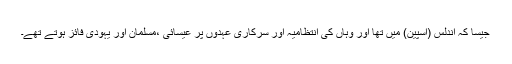
جیسا کہ اندلس (اسپین) میں تھا اور وہاں کی انتظامیہ اور سرکاری عہدوں پر عیسائی ،مسلمان اور یہودی فائز ہوتے تھے۔